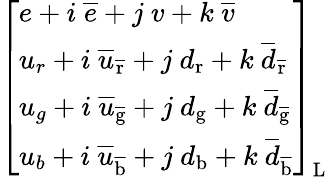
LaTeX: {\left[\begin{array}{l}{e+i\ {\overline{{e}}}+j\ v+k\ {\overline{{v}}}}\\ {u_{r}+i\ {\overline{{u}}}_{\mathrm{\overline{{r}}}}+j\ d_{\mathrm{r}}+k\ {\overline{{d}}}_{\mathrm{\overline{{r}}}}}\\ {u_{g}+i\ {\overline{{u}}}_{\mathrm{\overline{{g}}}}+j\ d_{\mathrm{g}}+k\ {\overline{{d}}}_{\mathrm{\overline{{g}}}}}\\ {u_{b}+i\ {\overline{{u}}}_{\mathrm{\overline{{b}}}}+j\ d_{\mathrm{b}}+k\ {\overline{{d}}}_{\mathrm{\overline{{b}}}}}\end{array}\right]}_{\mathrm{L}}